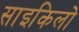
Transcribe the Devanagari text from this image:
साइकिलो